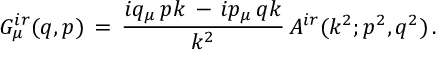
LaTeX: G _ { \mu } ^ { i r } ( q , p ) \, = \, \frac { i q _ { \mu } \, p k \, - \, i p _ { \mu } \, q k } { k ^ { 2 } } \, A ^ { i r } ( k ^ { 2 } ; p ^ { 2 } , q ^ { 2 } ) \, .